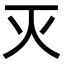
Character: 灭